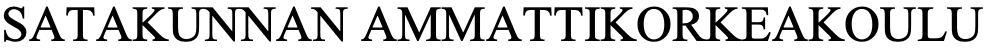
SATAKUNNAN  AMMATTIKORKEAKOULU